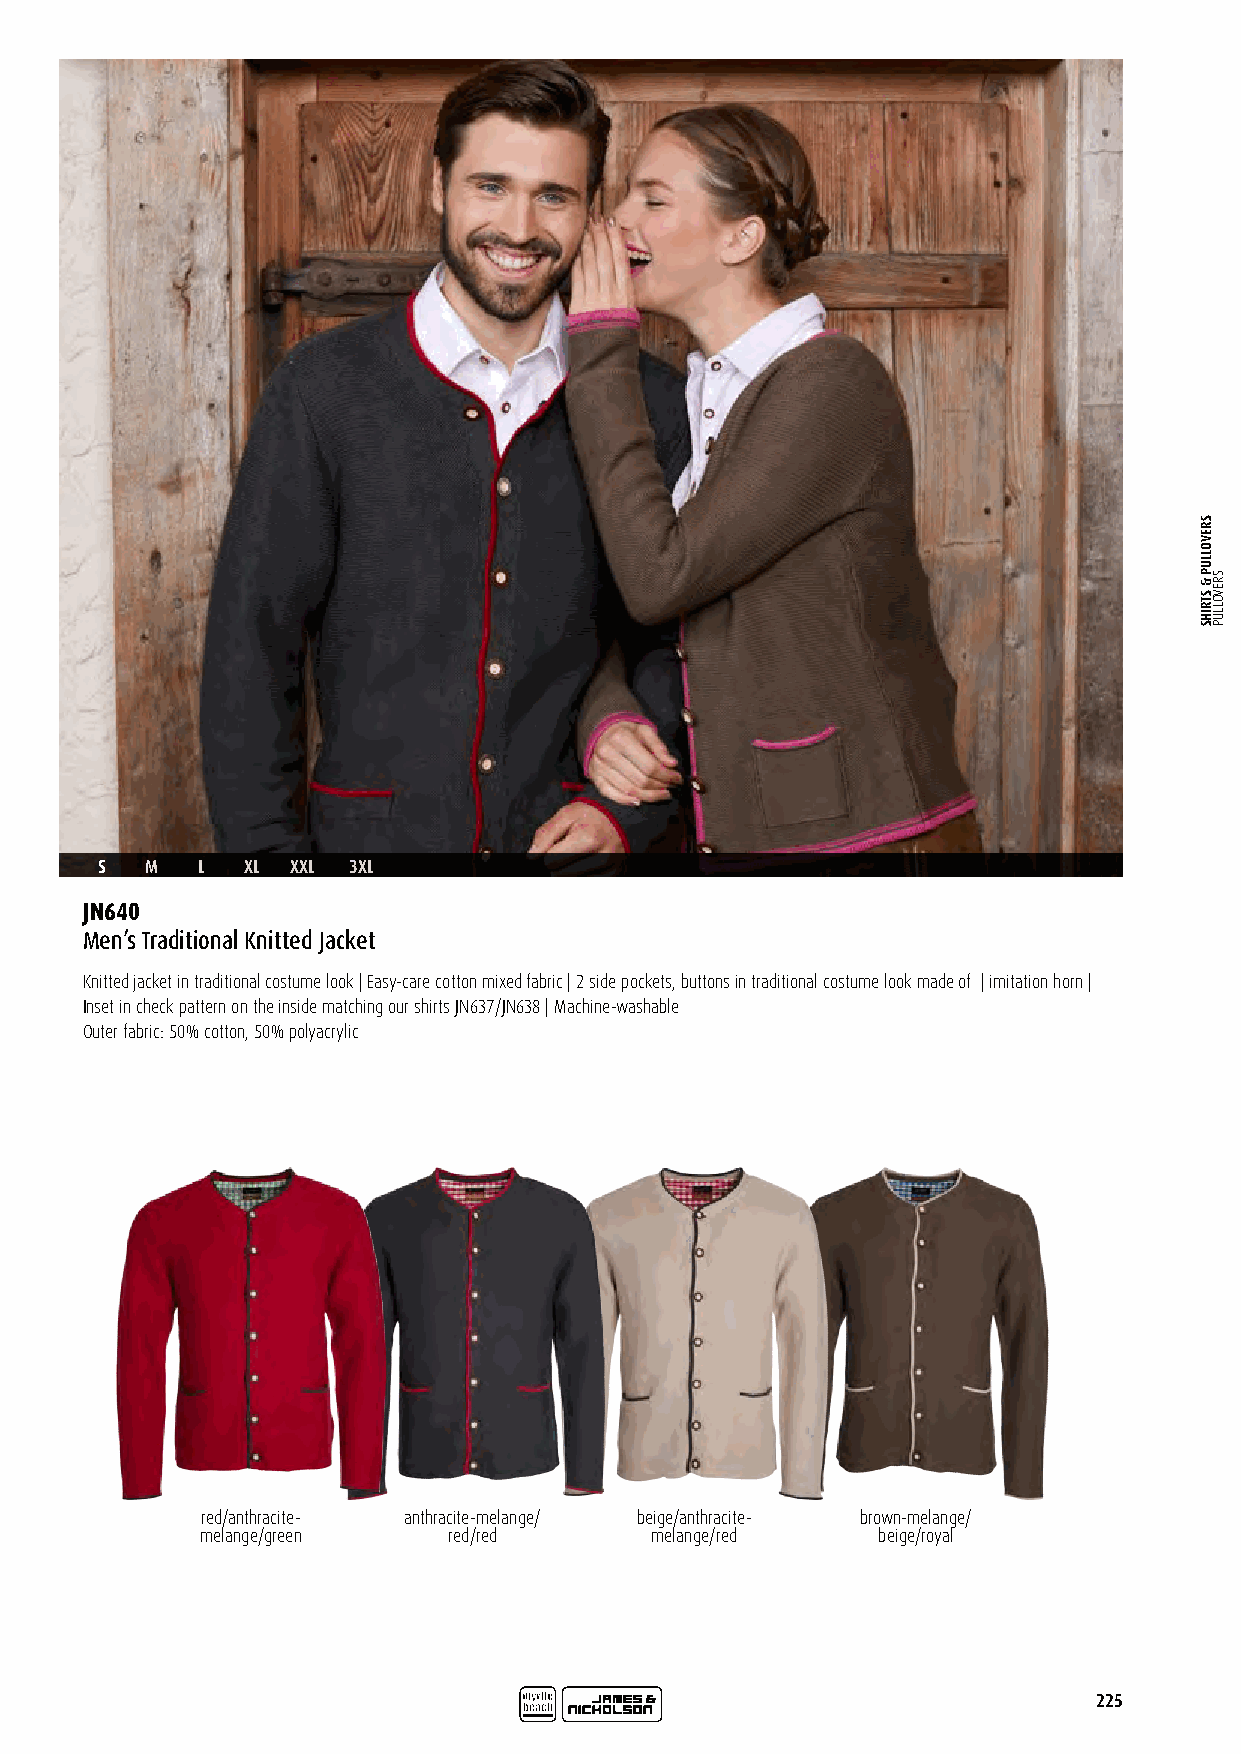
S   M  L  XL XXL 3XL
 JN640
 Men’s Traditional Knitted Jacket
 Knitted jacket in traditional costume look | Easy-care cotton mixed fabric | 2 side pockets, buttons in traditional costume look made of | imitation horn |
 Inset in check pattern on the inside matching our shirts JN637/JN638 | Machine-washable
 Outer fabric: 50% cotton, 50% polyacrylic
 red/anthracite- anthracite-melange/ beige/anthracite- brown-melange/
 melange/green    red/red      melange/red    beige/royal
 225
 SREVOLLUP
 &
 STRIHS
 SREVOLLUP